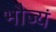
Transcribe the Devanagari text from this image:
भौज्यं